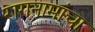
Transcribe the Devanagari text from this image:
रागनामांचा